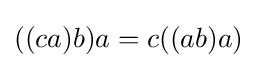
((ca)b)a=c((ab)a)